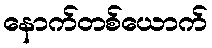
နောက်တစ်ယောက်